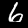
Digit: 6